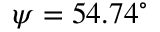
\psi = 5 4 . 7 4 ^ { \circ }